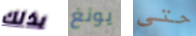
بذلك يونغ حتى